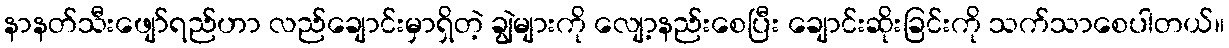
နာနတ်သီးဖျော်ရည်ဟာ လည်ချောင်းမှာရှိတဲ့ ချွဲများကို လျော့နည်းစေပြီး ချောင်းဆိုးခြင်းကို သက်သာစေပါတယ်။